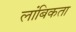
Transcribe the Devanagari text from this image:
लांबिकता